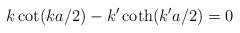
LaTeX: \begin{align*}k\cot(ka/2)-k'\coth(k'a/2)=0\end{align*}